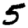
Digit: 5